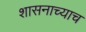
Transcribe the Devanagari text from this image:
शासनाच्याच